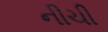
નીચી